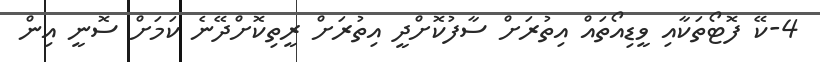
4-ކޭ ފޮޓޯތަކާއި ވީޑިއޯތައް އިތުރަށް ސާފުކޮށްދީ އިތުރަށް ރީތިކޮށްދޭނެ ކަމަށް ސޮނީ އިން